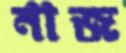
নাজ